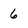
Character: 6